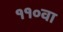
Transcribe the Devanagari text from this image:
११०वा